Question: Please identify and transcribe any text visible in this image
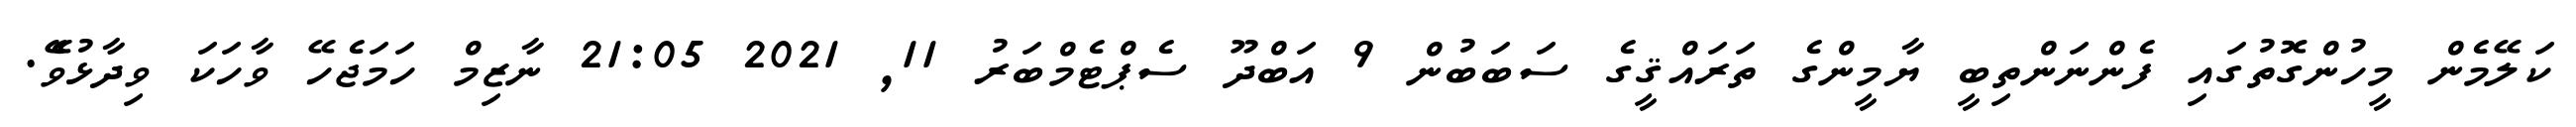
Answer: ކަލޭމެން މީހުންގޮތުގައި ފެންނަންތިބީ ޔާމީންގެ ތަރައްޤީގެ ސަބަބުން 9 އަބްދޫ ސެޕްޓެމްބަރު 11, 2021 21:05 ނާޒިމް ހަމަޖެހޭ ވާހަކަ ވިދާޅުވެޭ.